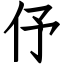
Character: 伃